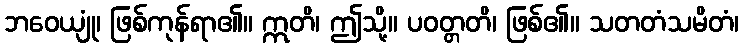
ဘဝေယျုံ၊ ဖြစ်ကုန်ရာ၏။ ဣတိ၊ ဤသို့။ ပဝတ္တတိ၊ ဖြစ်၏။ သတတံသမိတံ၊